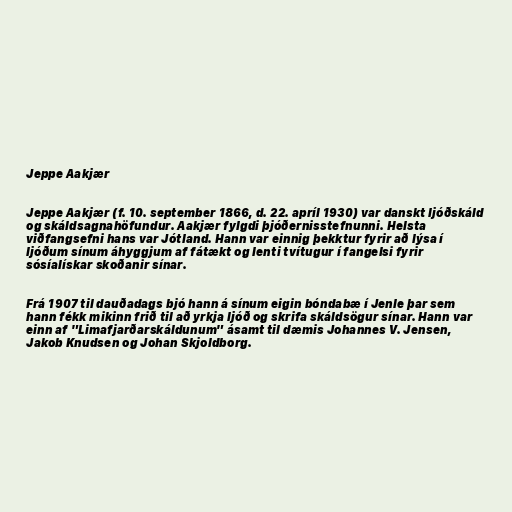
Jeppe Aakjær

Jeppe Aakjær (f. 10. september 1866, d. 22. apríl 1930) var danskt ljóðskáld
og skáldsagnahöfundur. Aakjær fylgdi þjóðernisstefnunni. Helsta
viðfangsefni hans var Jótland. Hann var einnig þekktur fyrir að lýsa í
ljóðum sínum áhyggjum af fátækt og lenti tvítugur í fangelsi fyrir
sósíalískar skoðanir sínar.

Frá 1907 til dauðadags bjó hann á sínum eigin bóndabæ í Jenle þar sem
hann fékk mikinn frið til að yrkja ljóð og skrifa skáldsögur sínar. Hann var
einn af "Limafjarðarskáldunum" ásamt til dæmis Johannes V. Jensen,
Jakob Knudsen og Johan Skjoldborg.